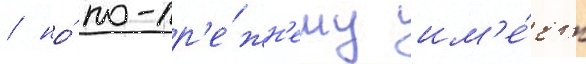
/ но́ по-пр'е́жн'ему им'е́ет